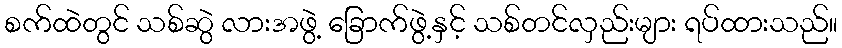
စက်ထဲတွင် သစ်ဆွဲ လားအဖွဲ့ ခြောက်ဖွဲ့နှင့် သစ်တင်လှည်းများ ရပ်ထားသည်။